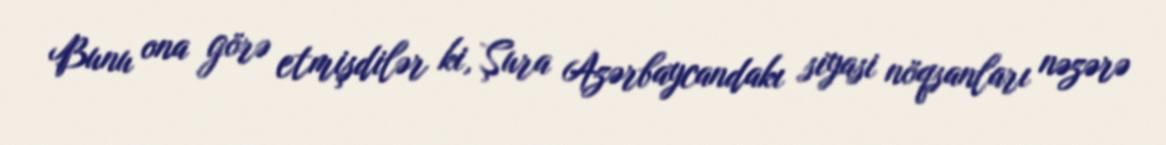
Bunu ona görə etmişdilər ki, Şura Azərbaycandakı siyasi nöqsanları nəzərə